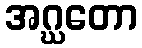
အဂ္ဃတော